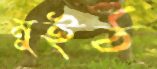
মুইঠ